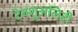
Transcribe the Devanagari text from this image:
टेक्शुअलिटी